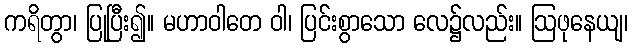
ကရိတွာ၊ ပြုပြီး၍။ မဟာဝါတေ ဝါ၊ ပြင်းစွာသော လေ၌လည်း။ ဩဖုနေယျ၊